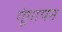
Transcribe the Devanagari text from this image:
गूंगापन